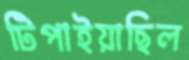
টিপাইয়াছিল